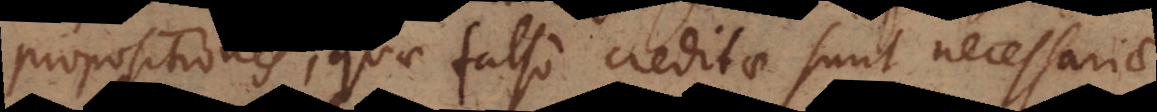
propositiones, quae falso creditae sunt necessariae